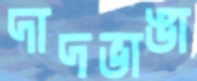
দাদভাঙা